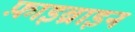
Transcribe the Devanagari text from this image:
फ़ाइब्राइन